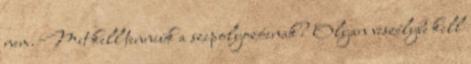
nem. Mit kell tenniük a szipolyozóinak? Olyan veszélybe kell